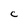
Character: c